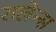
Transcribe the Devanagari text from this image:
रालेन्स